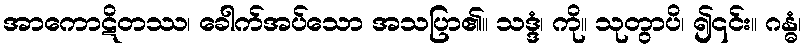
အာကောဋိတဿ၊ ခေါက်အပ်သော အသပြာ၏။ သဒ္ဒံ၊ ကို။ သုတွာပိ၊ ၍၎င်း။ ဂန္ဓံ၊